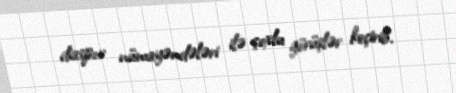
diaspor nümayəndələri ilə çoxlu görüşlər keçirib.